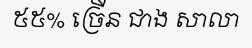
៥៥% ច្រើន ជាង សាលា